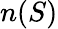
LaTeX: n(S)